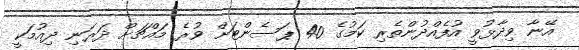
އޭނާ ވިދާޅުވީ އުފެއްދުންތެރި ކަމުގެ 40 ޕަސެންޓަށް ވުރެ މައްޗަށް ދަރަނި ދިއުމަކީ